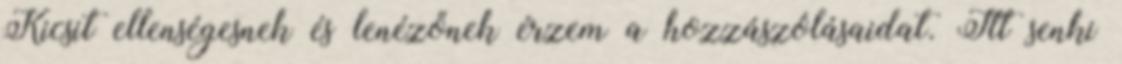
Kicsit ellenségesnek és lenézőnek érzem a hozzászólásaidat. Itt senki